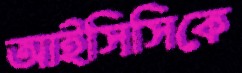
আইসিসিকে